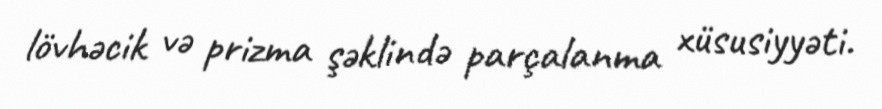
lövhəcik və prizma şəklində parçalanma xüsusiyyəti.